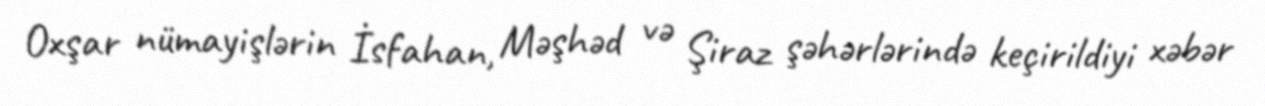
Oxşar nümayişlərin İsfahan, Məşhəd və Şiraz şəhərlərində keçirildiyi xəbər